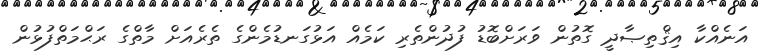
އަނެއްކާ އިޤްތިޞާދީ ގޮތުން ވަރަށްބޮޑު ފުދުންތެރި ކަމެއް އަޅުގަނޑުމެންގެ ތެރެއަށް މާތްގެ ރަޙްމަތްފުޅުން